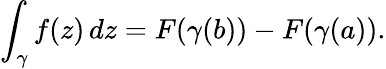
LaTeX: \int_{\gamma}f(z)\, dz=F(\gamma(b))-F(\gamma(a)).